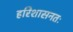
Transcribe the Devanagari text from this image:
हरिशासनतः